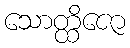
သောတ္ထိဇော